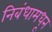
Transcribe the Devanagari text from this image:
निबंधामधून